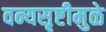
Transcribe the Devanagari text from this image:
वन्यसृष्टीमुळे